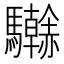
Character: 𩧗